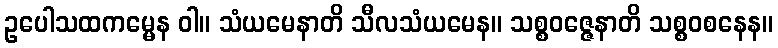
ဥပေါသထကမ္မေန ဝါ။ သံယမေနာတိ သီလသံယမေန။ သစ္စဝဇ္ဇေနာတိ သစ္စဝစနေန။